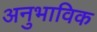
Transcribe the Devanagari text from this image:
अनुभाविक